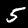
Label: 5